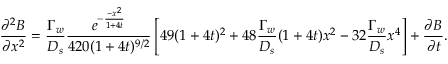
\frac { \partial ^ { 2 } B } { \partial x ^ { 2 } } = \frac { \Gamma _ { w } } { D _ { s } } \frac { e ^ { - \frac { - x ^ { 2 } } { 1 + 4 t } } } { 4 2 0 ( 1 + 4 t ) ^ { 9 / 2 } } \left[ 4 9 ( 1 + 4 t ) ^ { 2 } + 4 8 \frac { \Gamma _ { w } } { D _ { s } } ( 1 + 4 t ) x ^ { 2 } - 3 2 \frac { \Gamma _ { w } } { D _ { s } } x ^ { 4 } \right] + \frac { \partial B } { \partial t } .